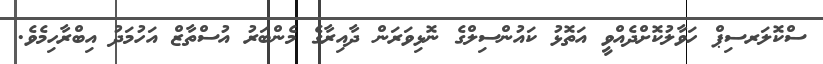
ސްކޮލަރސިޕް ހަވާލުކޮށްދެއްވީ އަތޮޅު ކައުންސިލްގެ ނޮޅިވަރަން ދާއިރާގެ މެންބަރު އުސްތާޒް އަހުމަދު އިބްރާހިމެވެ.